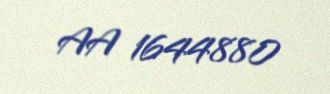
AA 1644880